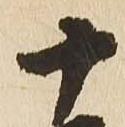
十